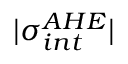
\vert \sigma _ { i n t } ^ { A H E } \vert